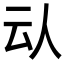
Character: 𠇌